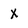
Character: X